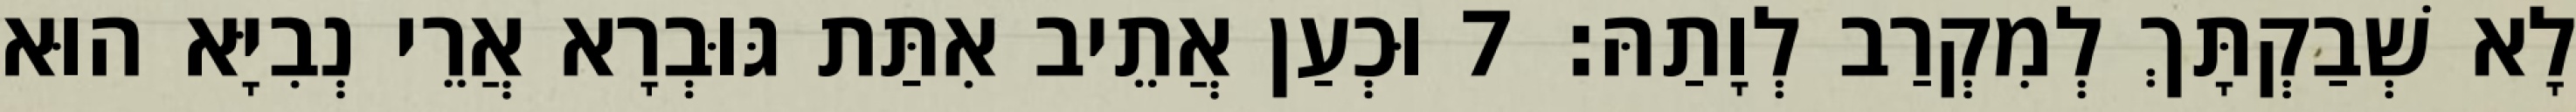
לָא שְׁבַקְתָּךְ לְמִקְרַב לְוָתַהּ׃ 7 וּכְעַן אֲתֵיב אִתַּת גּוּבְרָא אֲרֵי נְבִיָּא הוּא